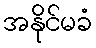
အနိုင်မခံ